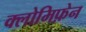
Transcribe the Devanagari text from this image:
क्लोमिफ़ेन